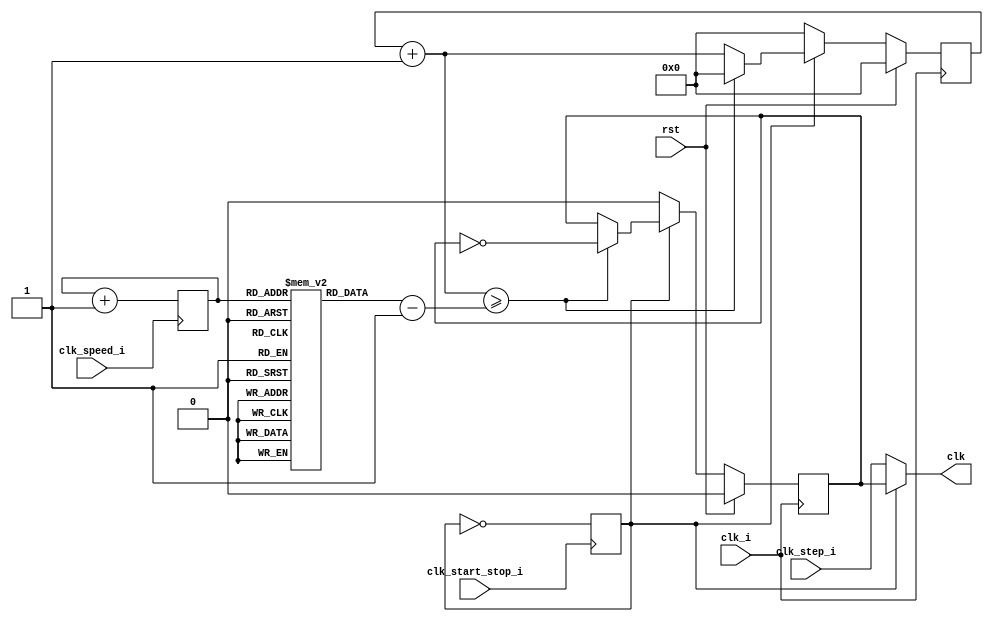
//
// Clock Module
//

module clock_module (
    input       rst, 
    input       clk_i, 
    input       clk_start_stop_i, 
    input       clk_step_i, 
    input       clk_speed_i,
    output      clk
);

    reg        clk_o;
    reg        clk_step_o;

    reg         running = 1'b1;
    reg [31:0]  counter = 0;
    reg [31:0]  count_max[0:3];

    reg [1:0]   count_max_idx = 2'b00;

    initial begin 
        count_max[0] = 32'd12500000;
        count_max[1] = 32'd1250000;
        count_max[2] = 32'd125000;
        count_max[3] = 32'd1250;
    end;

    assign clk = running ? clk_o : clk_step_o;

    always @(posedge clk_i) begin
        if (rst) begin
            clk_o = 1'b0;
            counter = 0;
        end else begin
            if (running) begin
                counter++;
                if (counter >= count_max[count_max_idx] - 1) 
                begin
                    clk_o = ~clk_o;
                    counter = 0;
                end
            end else  begin
                clk_o = 1'b0;
                counter = 0;
            end
        end
    end

    always @(posedge clk_start_stop_i) begin
        running = ~running;
    end

    always @(posedge clk_speed_i) begin
        count_max_idx = count_max_idx + 1;
    end

    always @(clk_step_i) begin
        clk_step_o = clk_step_i; 
    end


endmodule